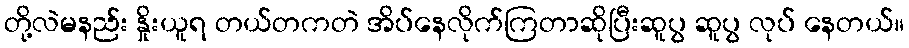
တို့လဲမနည်း နှိုးယူရ တယ်တကတဲ အိပ်နေလိုက်ကြတာဆိုပြီးဆူပွ ဆူပွ လုပ် နေတယ်။